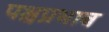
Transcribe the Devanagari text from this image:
पश्चप्रभाव